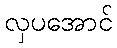
လှပအောင်